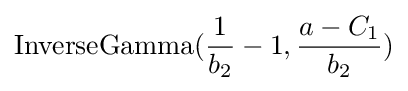
\operatorname {InverseGamma} ({\frac {1}{b_{2}}}-1,{\frac {a-C_{1}}{b_{2}}})